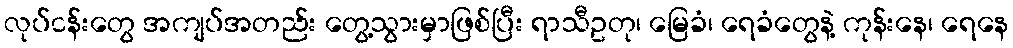
လုပ်ငန်းတွေ အကျပ်အတည်း တွေ့သွားမှာဖြစ်ပြီး ရာသီဥတု၊ မြေခံ၊ ရေခံတွေနဲ့ ကုန်းနေ၊ ရေနေ